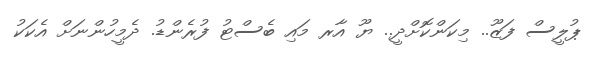
ޕުލީސް ފަޒޫ.. މިކަންކޮށްދީ.. ޔޫ އާރ މައި ބެސްޓު ފުރެންޑު. ދެމީހުންނަށް އެކަކު